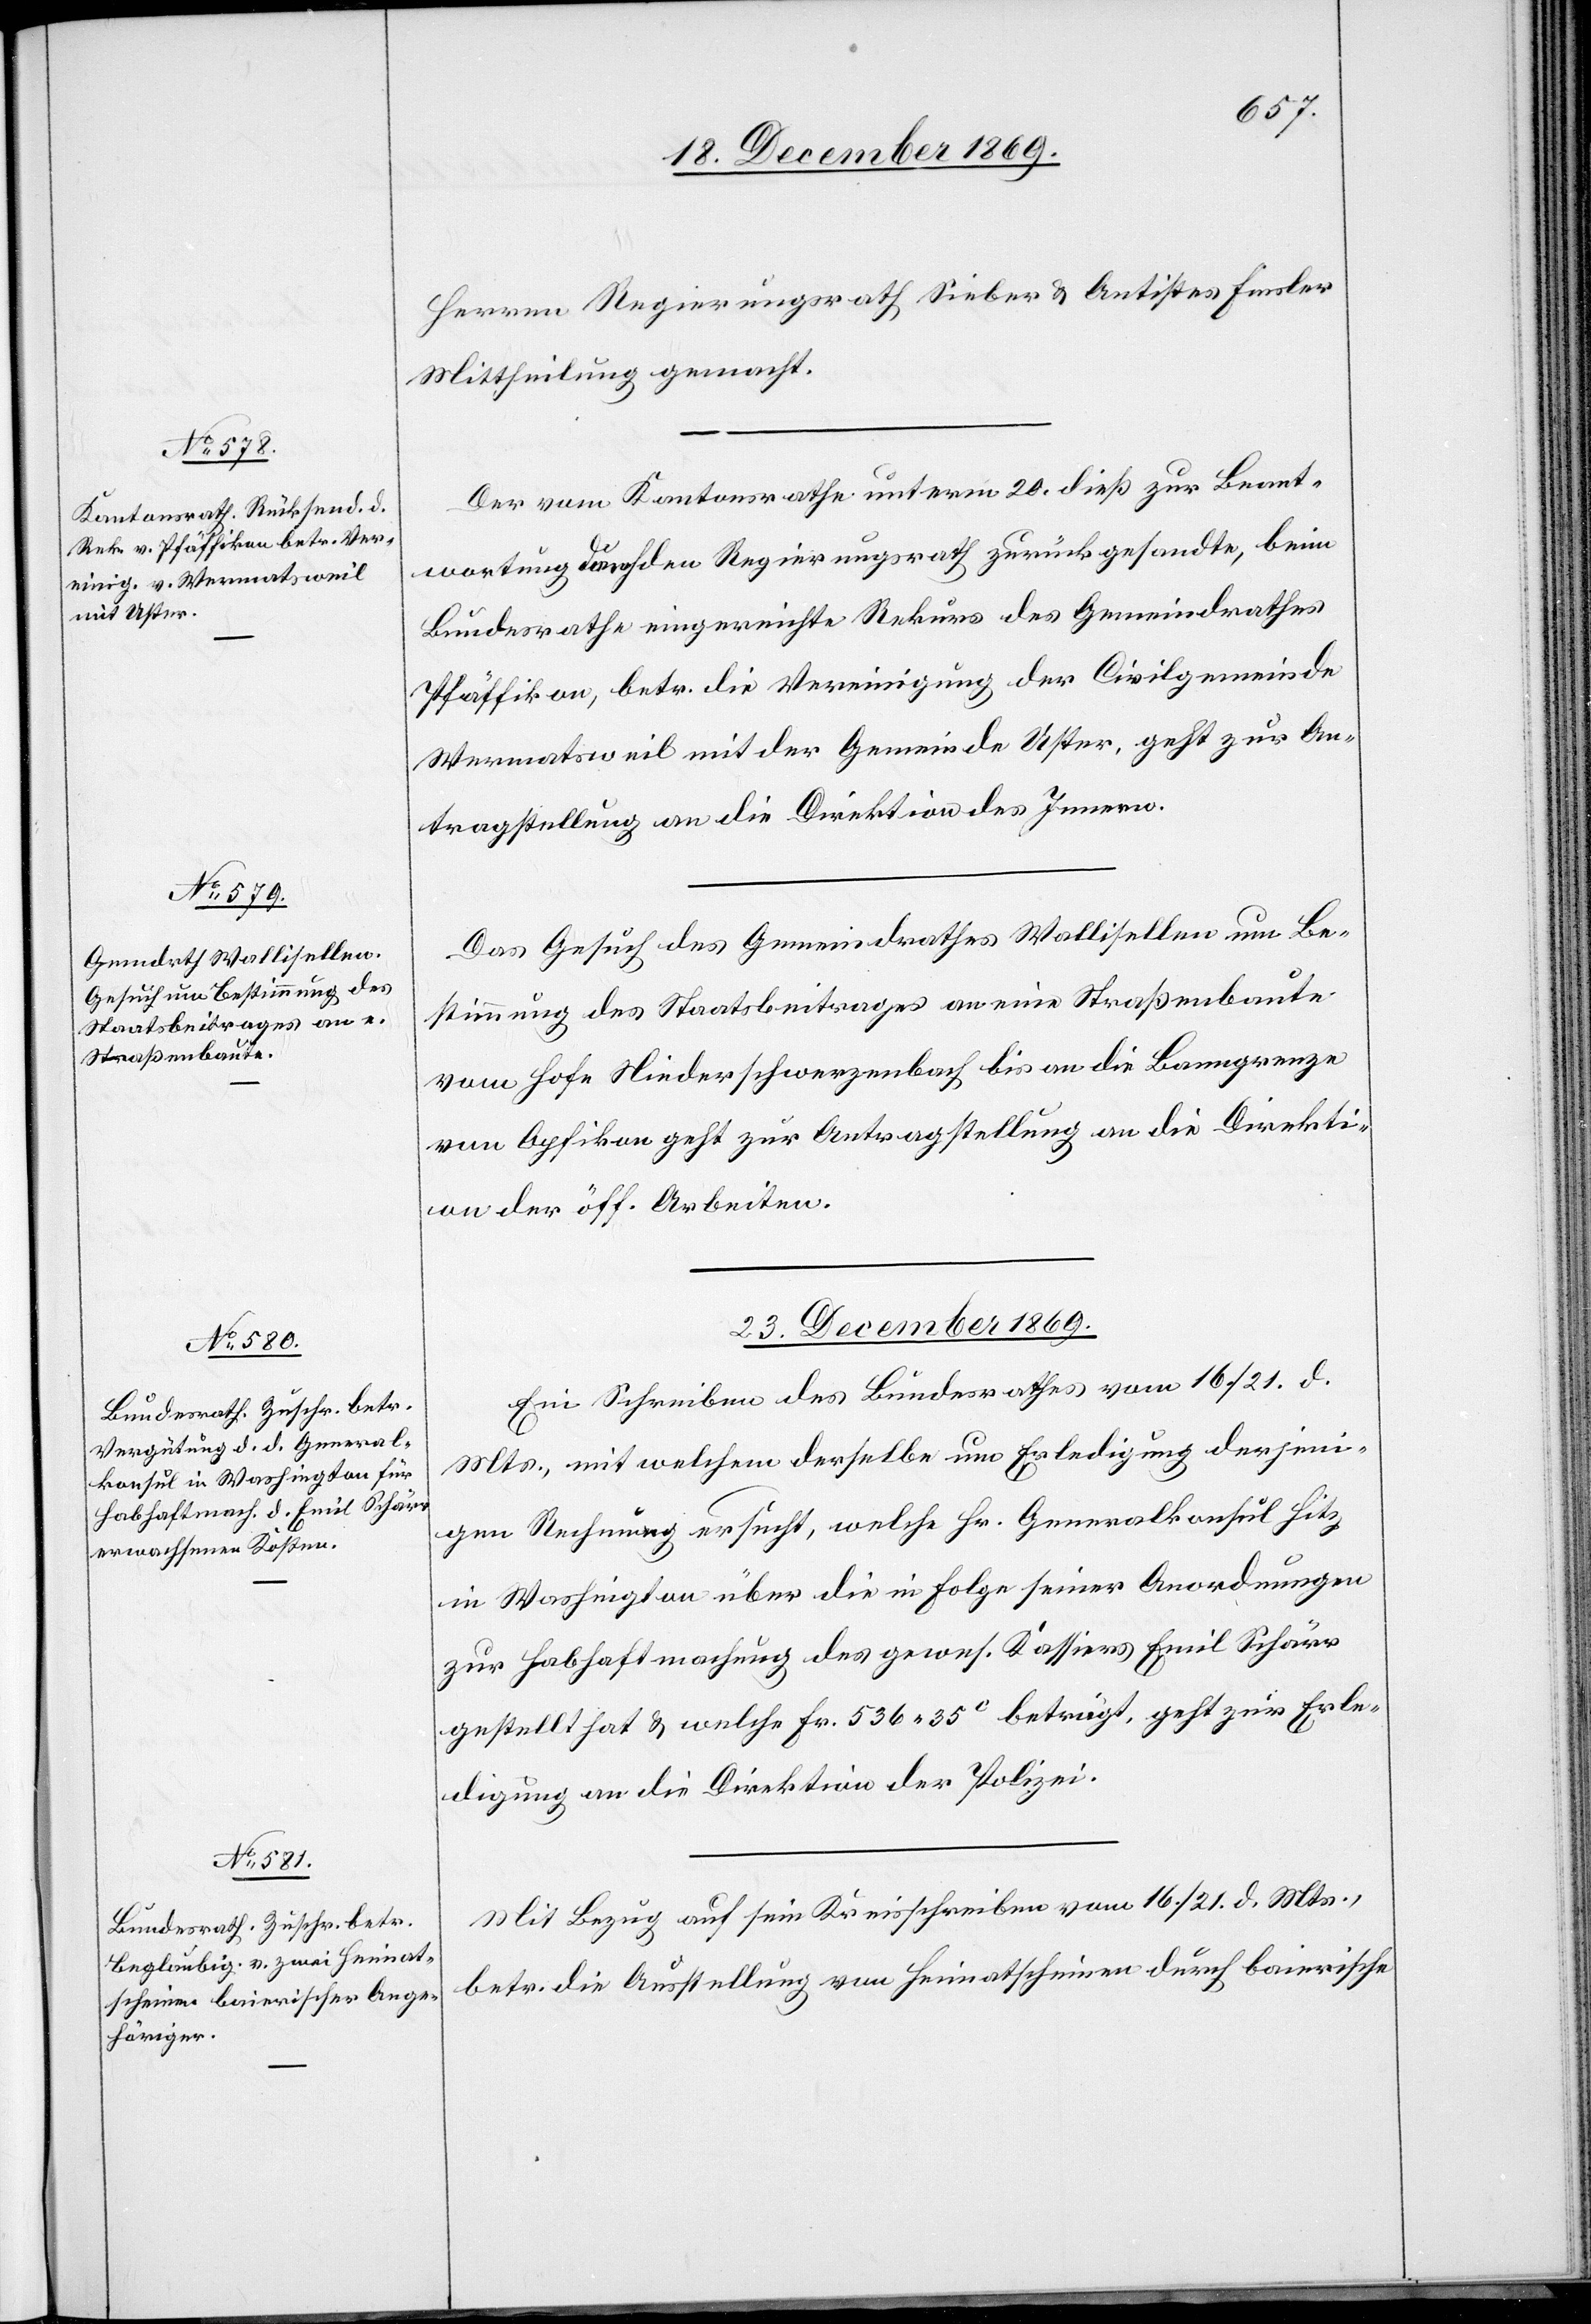
22. December 1869.]
Herren Regierungsrath Sieber & Antistes Finsler
Mittheilung gemacht.
Der vom Kantonsrathe unterm 20. dieß zur Beant¬
wortung durch den Regierungsrath zurückgesandte, beim
Bundesrathe eingereichte Rekurs des Gemeindrathes
Pfäffikon, betr. die Vereinigung der Civilgemeinde
Wermatsweil mit der Gemeinde Uster, geht zur An¬
tragstellung an die Direktion des Innern.
Das Gesuch des Gemeindrathes Wallisellen um Be¬
stimmung des Staatsbeitrages an eine Straßenbaute
vom Hofe Niederschwerzenbach bis an die Banngrenze
von Opfikon geht zur Antragstellung an die Direkti¬
on der öff. Arbeiten.
23. December 1869.]
Ein Schreiben des Bundesrathes vom 16./21. d.
Mts., mit welchem derselbe um Erledigung derjeni¬
gen Rechnung ersucht, welche Hr. Generalkonsul Hitz
in Washington über die in Folge seiner Anordnungen
zur Habhaftmachung des gewes. Kassiers Emil Schärr
gestellt hat & welche Fr. 536 35C beträgt, geht zur Erle¬
digung an die Direktion der Polizei.
Mit Bezug auf sein Kreisschreiben vom 16./21. d. Mts.,
betr. die Ausstellung von Heimatscheinen durch baierische